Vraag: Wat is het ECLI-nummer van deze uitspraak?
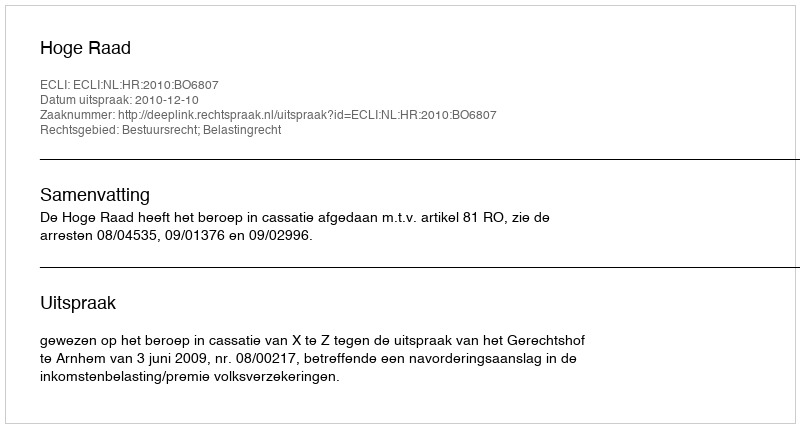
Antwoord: ECLI:NL:HR:2010:BO6807